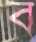
ব